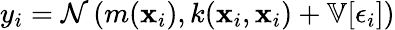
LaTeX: y_{i}=\mathcal{N}\left(m(\textbf{x}_{i}),k(\textbf{x}_{i},\textbf{x}_{i})+\mathbb{V}[\epsilon_{i}]\right)